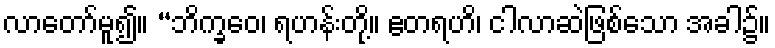
လာတော်မူ၍။ “ဘိက္ခဝေ၊ ရဟန်းတို့။ ဧတရဟိ၊ ငါလာဆဲဖြစ်သော အခါ၌။